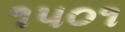
૧૫૦૧